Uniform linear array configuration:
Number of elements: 12
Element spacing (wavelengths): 0.25
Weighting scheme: blackman
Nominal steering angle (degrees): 60
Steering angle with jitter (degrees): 61.526
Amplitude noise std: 0.05
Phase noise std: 0.05

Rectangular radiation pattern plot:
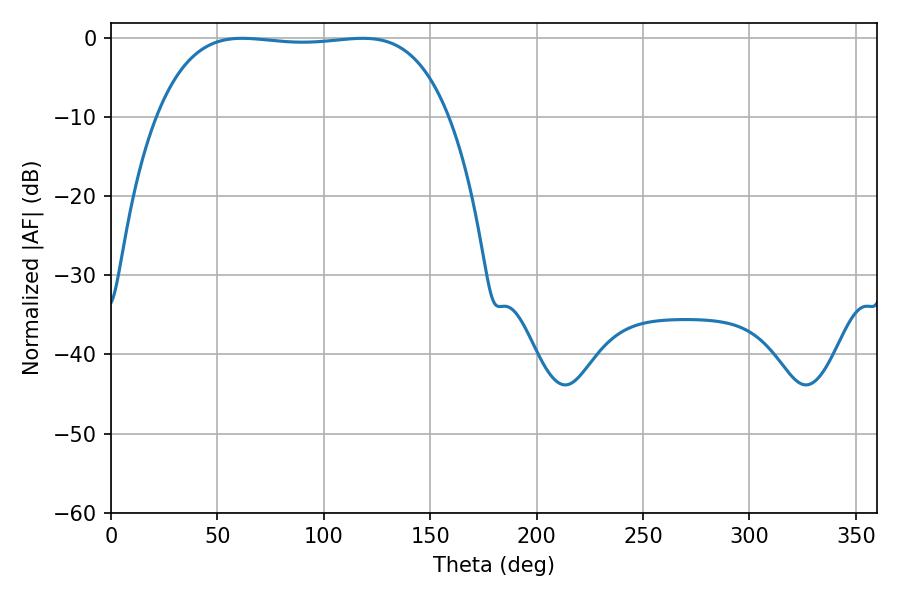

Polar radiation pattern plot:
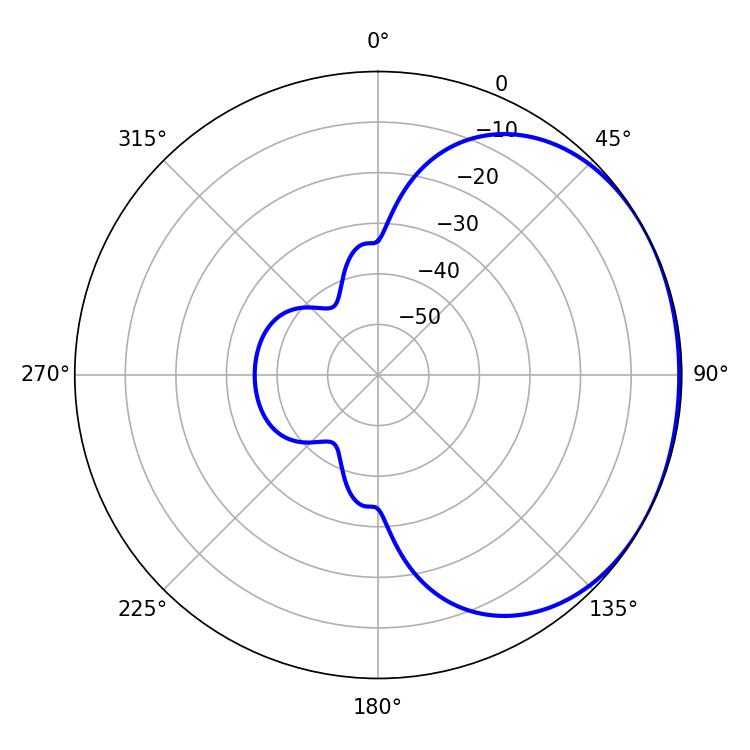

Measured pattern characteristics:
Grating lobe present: FALSE
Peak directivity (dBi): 1.136
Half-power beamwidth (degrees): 108
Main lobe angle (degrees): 61.74